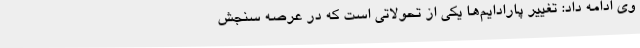
وی ادامه داد: تغییر پارادایم‌ها یکی از تحولاتی است که در عرصه سنجش